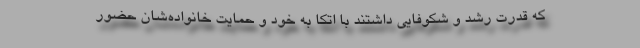
که قدرت رشد و شکوفایی داشتند با اتکا به خود و حمایت خانواده‌‌شان حضور